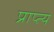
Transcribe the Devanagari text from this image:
प्राप्त्य